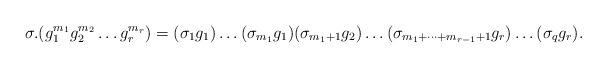
LaTeX: \begin{align*}\sigma.(g_{1}^{m_{1}}g_{2}^{m_{2}}\dots g_{r}^{m_{r}})=(\sigma_{1}g_{1})\dots (\sigma_{m_{1}}g_{1})(\sigma_{m_{1}+1}g_{2})\dots (\sigma_{m_{1}+\dots +m_{r-1}+1}g_{r})\dots (\sigma_{q}g_{r}).\end{align*}